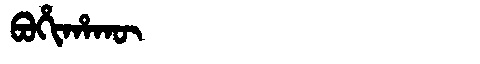
Manchu: ᠪᠣᡥᡳᡥᠠᡴᡡ
Romanization: BOHIHAKŪ